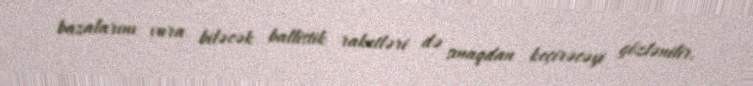
bazalarını vura biləcək ballistik raketləri də sınaqdan keçirəcəyi gözlənilir.